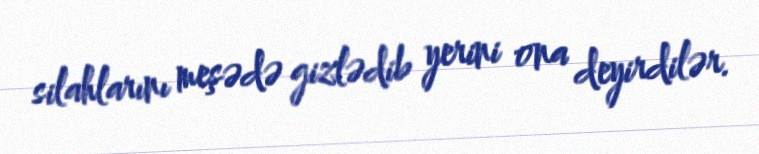
silahlarını meşədə gizlədib yerini ona deyirdilər.